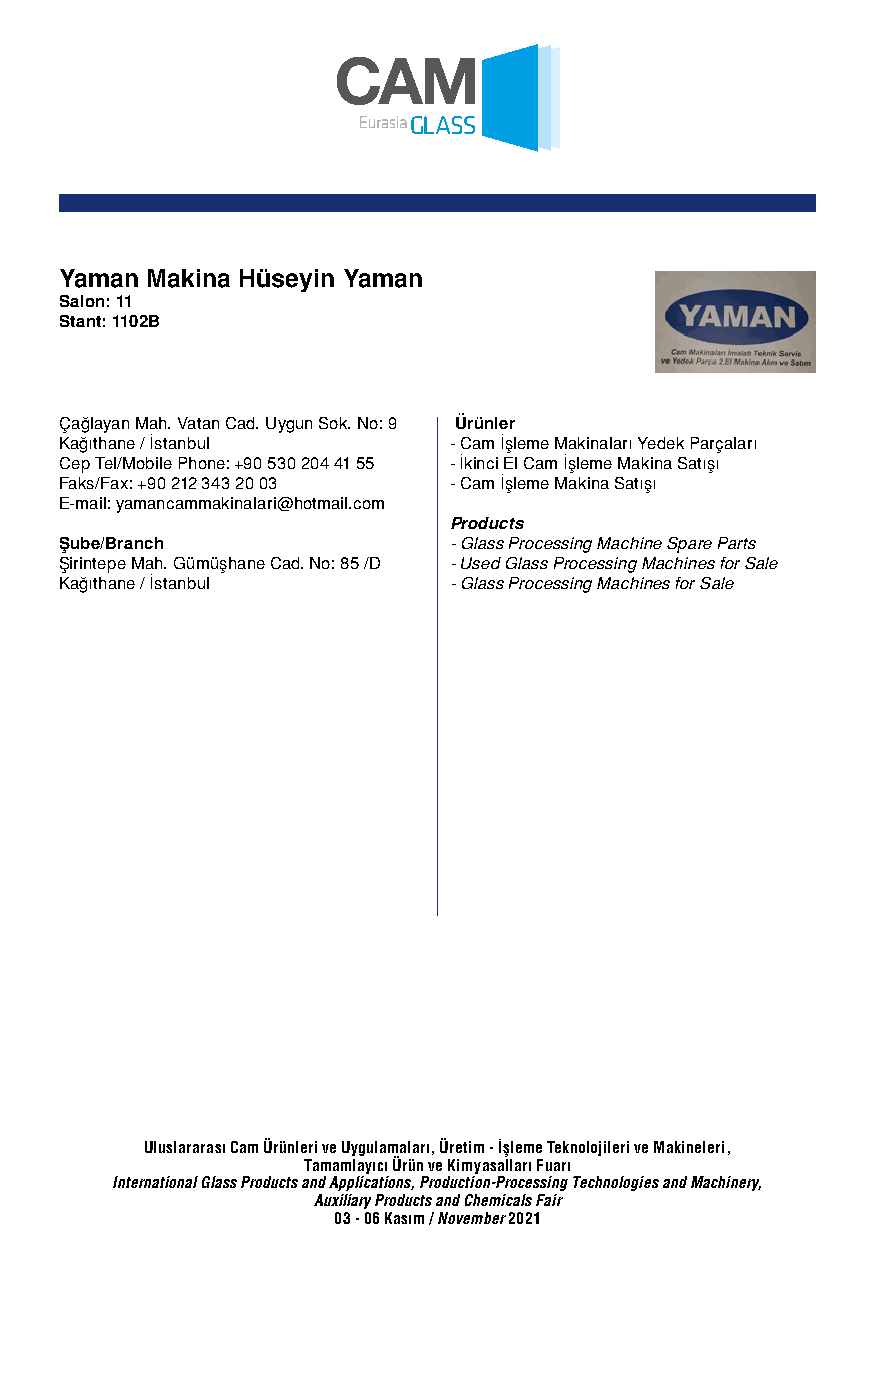
Yaman Makina Hüseyin Yaman
 Salon: 11
 Stant: 1102B
 Çağlayan Mah. Vatan Cad. Uygun Sok. No: 9 Ürünler
 Kağıthane / İstanbul      - Cam İşleme Makinaları Yedek Parçaları
 Cep Tel/Mobile Phone: +90 530 204 41 55 - İkinci El Cam İşleme Makina Satışı
 Faks/Fax: +90 212 343 20 03 - Cam İşleme Makina Satışı
 E-mail: yamancammakinalari@hotmail.com
 Products
 Şube/Branch               - Glass Processing Machine Spare Parts
 Şirintepe Mah. Gümüşhane Cad. No: 85 /D - Used Glass Processing Machines for Sale
 Kağıthane / İstanbul      - Glass Processing Machines for Sale
 Uluslararası Cam Ürünleri ve Uygulamaları, Üretim - İşleme Teknolojileri ve Makineleri,
 Tamamlayıcı Ürün ve Kimyasalları Fuarı
 International Glass Products and Applications, Production-Processing Technologies and Machinery,
 Auxiliary Products and Chemicals Fair
 03 - 06 Kasım / November 2021